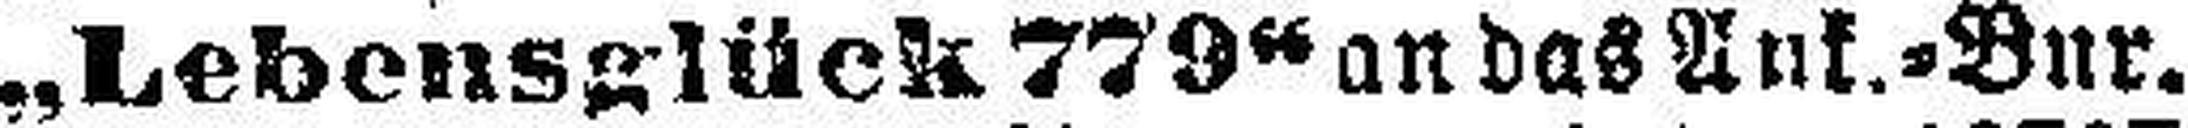
„Lebensglück 779“ an das Ank.=Bur.